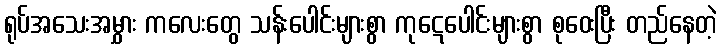
ရုပ်အသေးအမွှား ကလေးတွေ သန်းပေါင်းများစွာ ကုဋေပေါင်းများစွာ စုဝေးပြီး တည်နေတဲ့